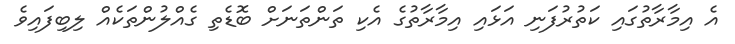
އެ އިމާރާތުގައި ކަތުރުފަނި އަޅައި އިމާރާތުގެ އެކި ތަންތަނަށް ބޮޑެތި ގެއްލުންތަކެއް ލިބިފައިވެ